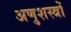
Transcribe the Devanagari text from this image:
अणुशस्त्रों